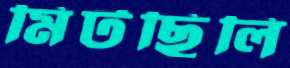
মিটছিলি